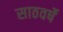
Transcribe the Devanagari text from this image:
साठवर्षे